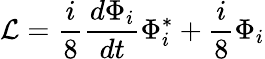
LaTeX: {\cal{\mathcal{L}}}=\frac{{i}}{{8}}\frac{{d\Phi_{i}}}{{dt}}\Phi_{i}^{*}+\frac{{i}}{{8}}\Phi_{i}